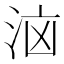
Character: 𭰔